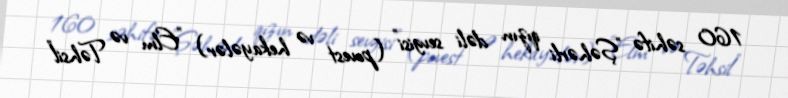
160 səhifə "Şəhərli qızın dəli sevgisi" (povest və hekayələr) "Elm və Təhsil"